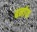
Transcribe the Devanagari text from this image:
बर्नाफ